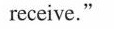
receive."